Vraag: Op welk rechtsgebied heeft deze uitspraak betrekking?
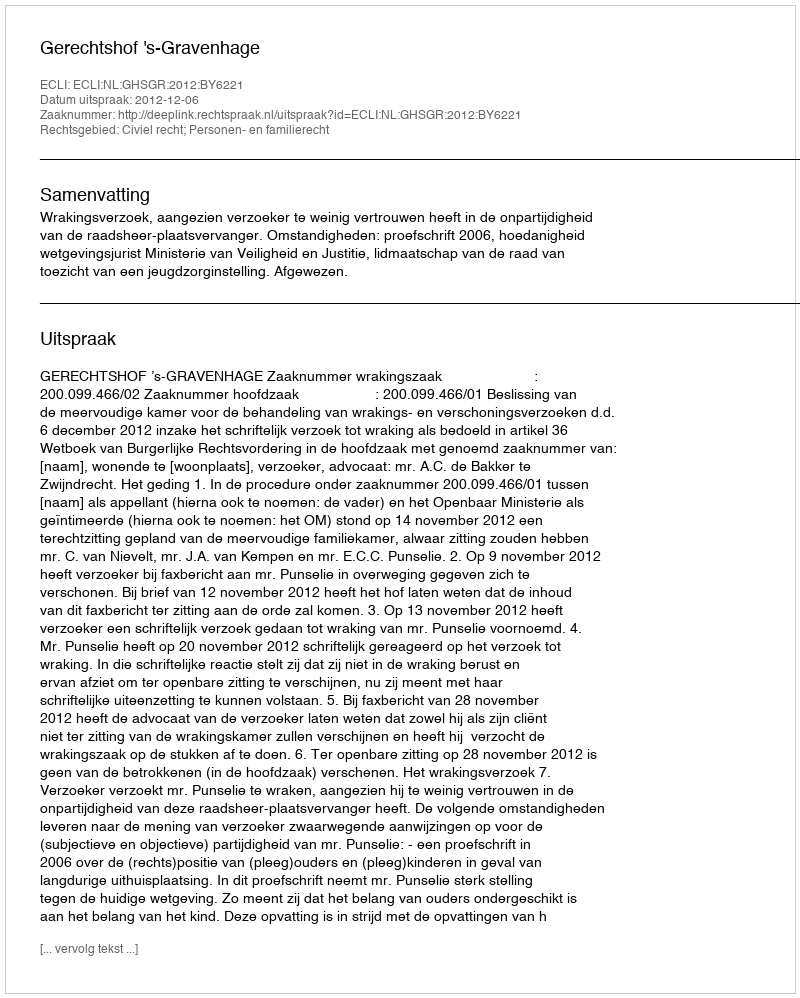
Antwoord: Civiel recht; Personen- en familierecht